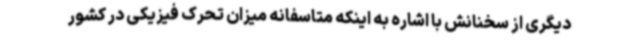
دیگری از سخنانش با اشاره به اینکه متاسفانه میزان تحرک فیزیکی در کشور